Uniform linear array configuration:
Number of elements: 64
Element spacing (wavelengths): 0.5
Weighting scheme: exponential
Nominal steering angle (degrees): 45
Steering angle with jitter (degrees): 46.115
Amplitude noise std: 0.05
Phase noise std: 0.05

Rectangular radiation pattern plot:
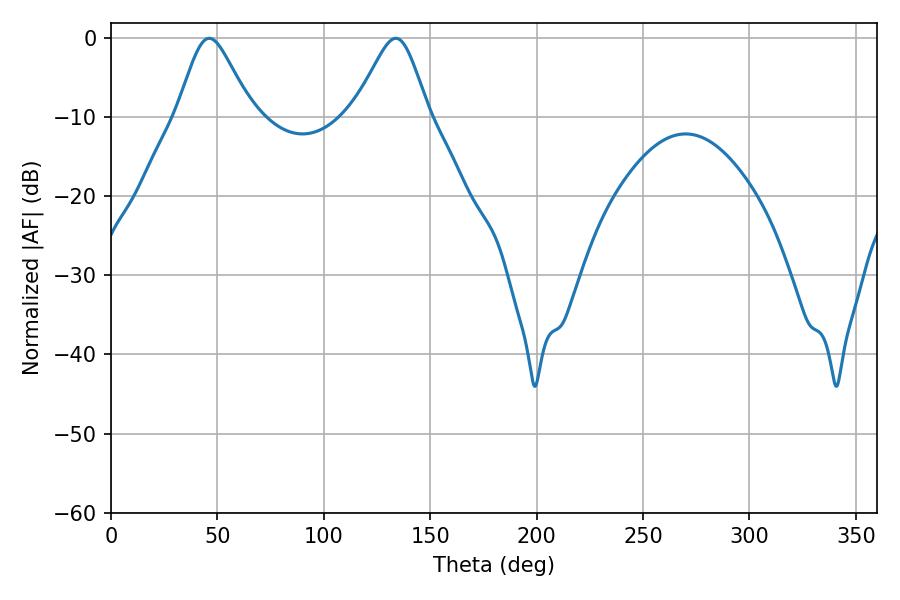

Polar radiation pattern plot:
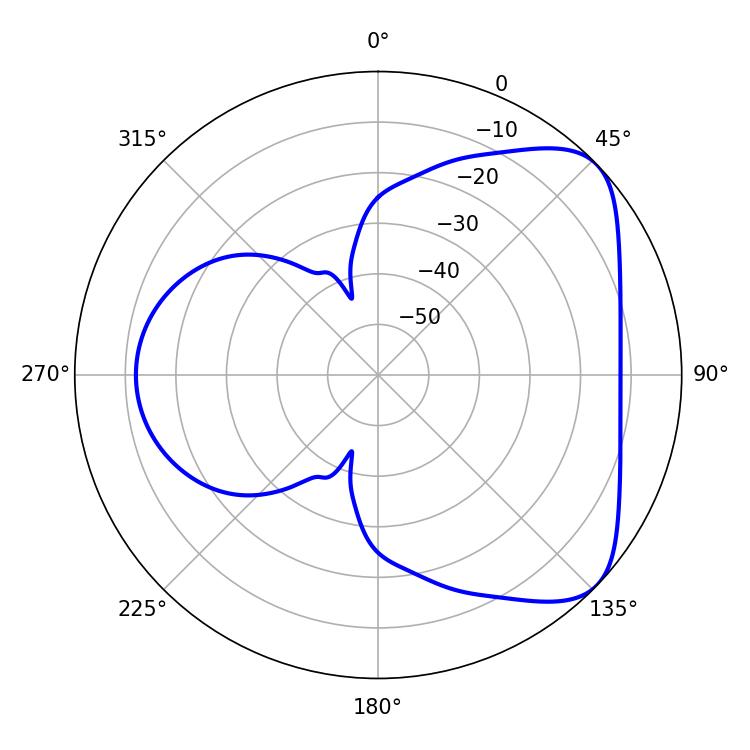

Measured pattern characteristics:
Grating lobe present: FALSE
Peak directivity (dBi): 5.791
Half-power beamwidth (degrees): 17.1
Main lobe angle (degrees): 46.08